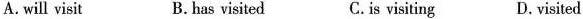
A.will visit B.has visited C.is visiting D.visited